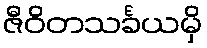
ဇီဝိတသင်္ခယမှိ